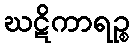
ဃဋိကာရဉ္စ